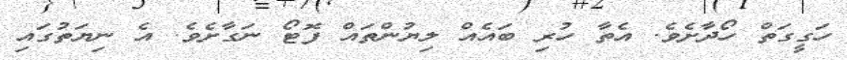
ހަގީގަތް ހޯދާށެވެ. އެތާ ހުރި ބައެއް ލިޔުންތައް ފޮޓޯ ނަގާށެވެ. އެ ނިޔަތުގައި